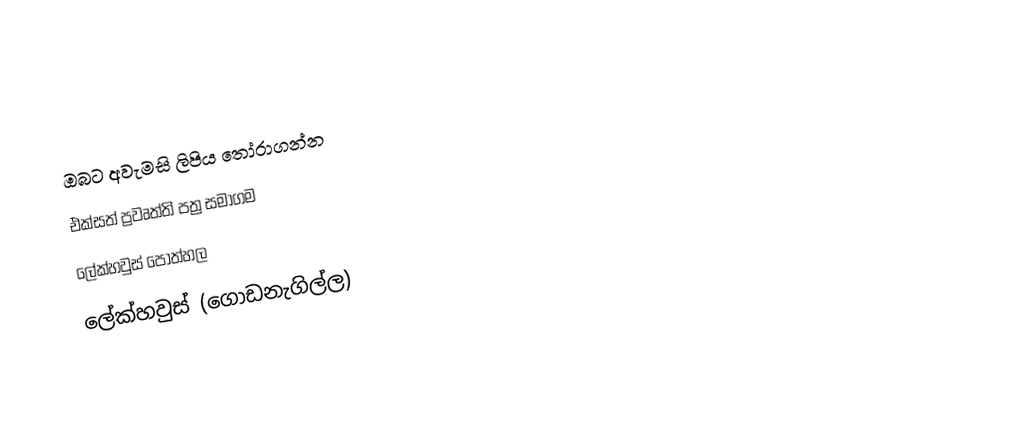
ඔබට අවැමසි ලිපිය තෝරාගන්න
 එක්සත් ප්‍රවෘත්ති පත්‍ර සමාගම
  ලේක්හවුස් පොත්හල
 ලේක්හවුස් (ගොඩනැගිල්ල)